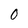
Character: 0